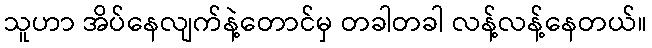
သူဟာ အိပ်နေလျက်နဲ့တောင်မှ တခါတခါ လန့်လန့်နေတယ်။